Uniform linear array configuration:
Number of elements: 8
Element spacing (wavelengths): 1
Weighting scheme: uniform
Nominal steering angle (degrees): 15
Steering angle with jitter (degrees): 15.571
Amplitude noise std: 0.05
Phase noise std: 0.05

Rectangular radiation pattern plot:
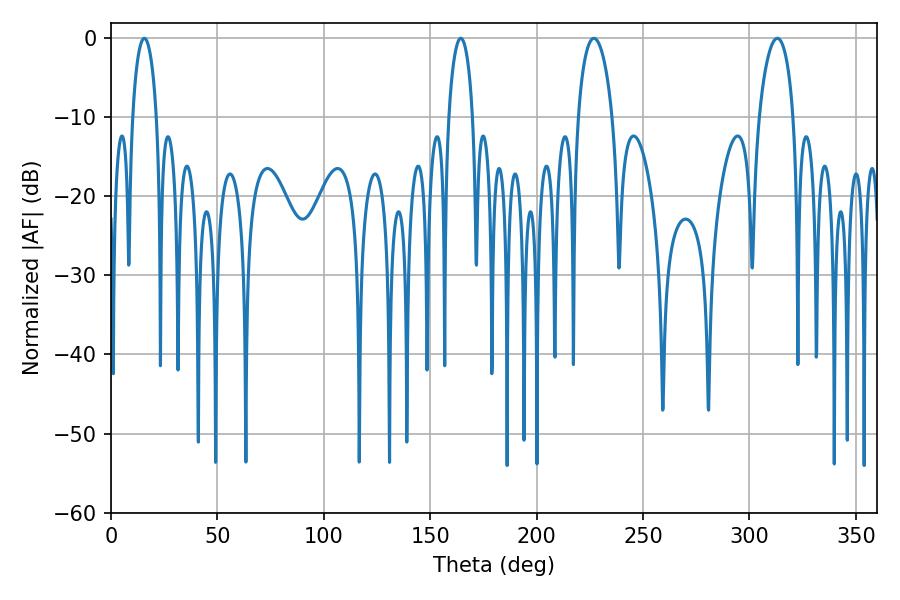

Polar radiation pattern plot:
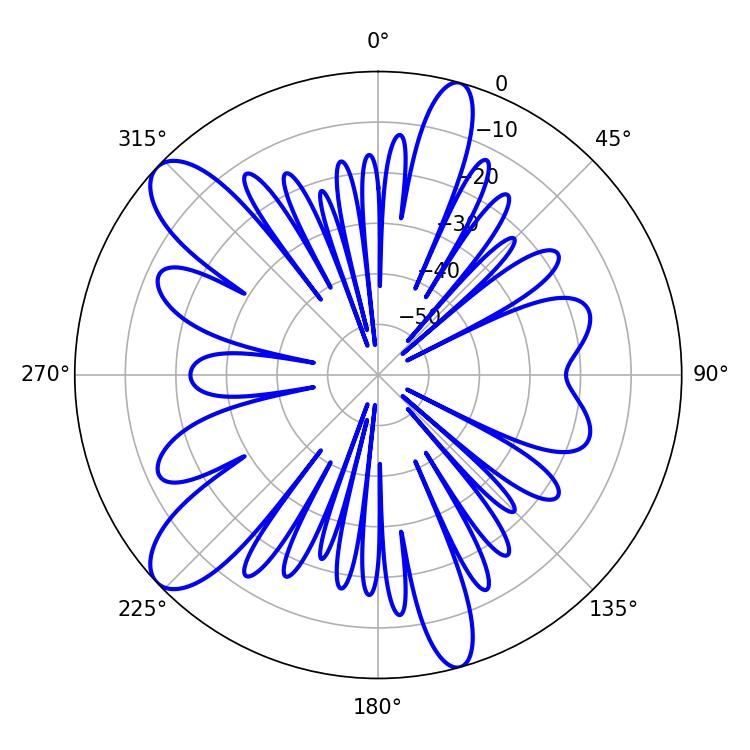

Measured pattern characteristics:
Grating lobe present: TRUE
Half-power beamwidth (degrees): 6.48
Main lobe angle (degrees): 15.66